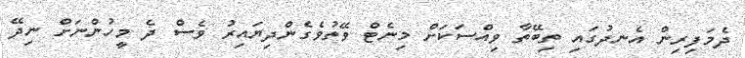
ދެމަފިރިން އެނދުގައި ތިބޭތާ ވިއްސަކަށް މިނެޓް ވޭތުވެގެންދިޔައިރު ވެސް ދެ މީހުންނަށް ނިދޭ